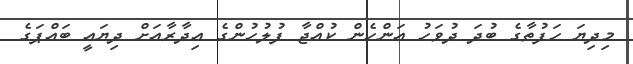
މިދިޔަ ހަފުތާގެ ބުދަ ދުވަހު އަންހެން ކުއްޖާ ފުލުހުންގެ އިދާރާއަށް ދިޔައީ ބައްޕަގެ